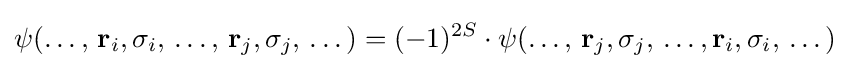
\psi (\dots ,\,\mathbf {r} _{i},\sigma _{i},\,\dots ,\,\mathbf {r} _{j},\sigma _{j},\,\dots )=(-1)^{2S}\cdot \psi (\dots ,\,\mathbf {r} _{j},\sigma _{j},\,\dots ,\mathbf {r} _{i},\sigma _{i},\,\dots )